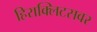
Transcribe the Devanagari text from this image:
हिराक्लिटसवर